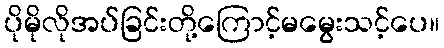
ပိုမိုလိုအပ်ခြင်းတို့ကြောင့်မမွေးသင့်ပေ။